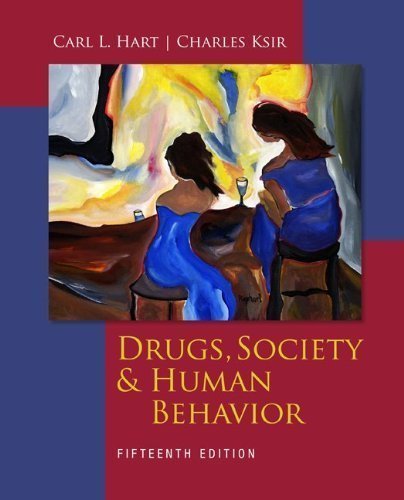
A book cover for Drugs, Society, and Human Behavior 15th (fifteenth) Edition by Hart, Carl, Ksir, Charles [2012]; Medical Books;